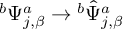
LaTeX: { } ^ { b } \Psi _ { j , \beta } ^ { a } \rightarrow { } ^ { b } { \hat { \Psi } } _ { j , \beta } ^ { a }